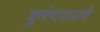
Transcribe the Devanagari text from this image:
कुरुंदवाडचे